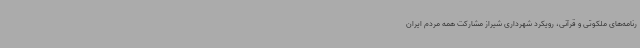
رنامه‌های ملکوتی و قرآنی، رویکرد شهرداری شیراز مشارکت همه مردم ایران